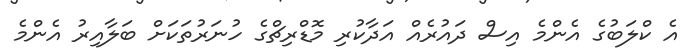
އެ ކްލަބުގެ އެންމެ އިސް ދައުރެއް އަދާކުރި މޮޑްރިޗްގެ ހުނަރުތަކަށް ބަލާއިރު އެންމެ